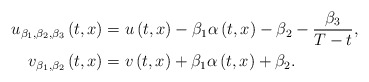
\begin{align*}u_{\beta _{1},\beta _{2},\beta _{3}}\left(t,x\right)& =u\left(t,x\right)-\beta _{1}\alpha\left(t,x\right)-\beta _{2}-\frac{\beta _{3}}{T-t}, \\v_{\beta _{1},\beta _{2}}\left(t,x\right)& =v\left(t,x\right)+\beta _{1}\alpha \left(t,x\right)+\beta _{2}.\end{align*}